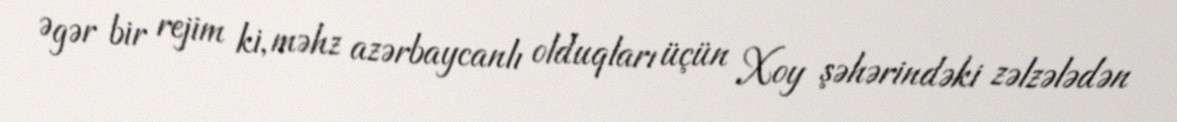
Əgər bir rejim ki, məhz azərbaycanlı olduqları üçün Xoy şəhərindəki zəlzələdən